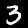
Label: 3